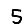
Digit: 5